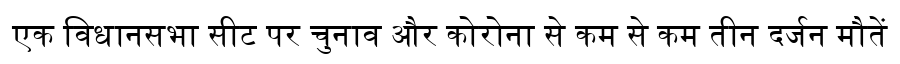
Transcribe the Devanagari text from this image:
एक विधानसभा सीट पर चुनाव और कोरोना से कम से कम तीन दर्जन मौतें